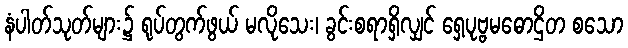
နံပါတ်သုတ်များ၌ ရုပ်တွက်ဖွယ် မလိုသေး၊ ခွင်းစရာရှိလျှင် ရှေ့ပုဗ္ဗမဓောဌိတ စသော